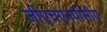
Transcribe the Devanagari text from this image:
जीएचएनपीसीए